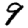
Digit: 9